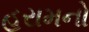
હરામનો